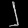
Digit: ၂